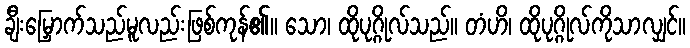
ချီးမြှောက်သည်မူလည်းဖြစ်ကုန်၏။ သော၊ ထိုပုဂ္ဂိုလ်သည်။ တံဟိ၊ ထိုပုဂ္ဂိုလ်ကိုသာလျှင်။